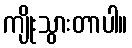
ကျိုးသွားတာပါ။